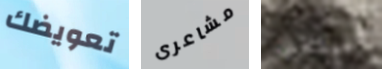
تعويضك مشاعرى سنغلق